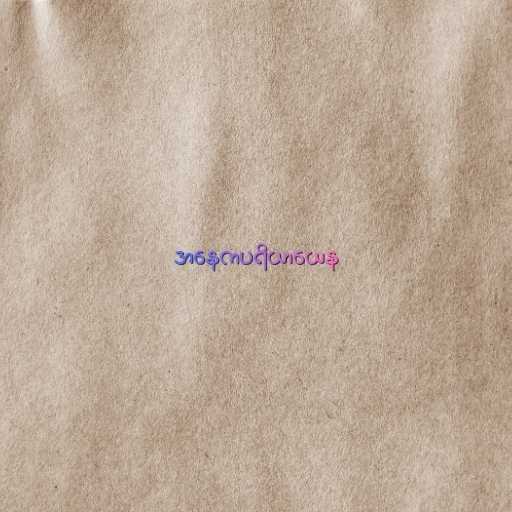
အနေကပရိယာယေန